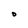
Character: O